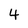
Character: 4